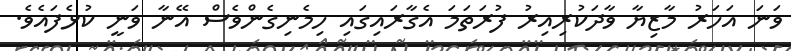
ވަނަ އަހަރު މާޒިޔާ ވާދަކުރިއިރު ފުރަތަމަ އެގާރައިގައި ހިމެނިގެންވެސް އޭނާ ވަނީ ކުޅެފައެވެ.